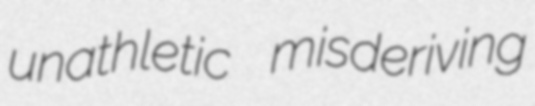
unathletic misderiving